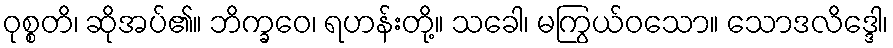
ဝုစ္စတိ၊ ဆိုအပ်၏။ ဘိက္ခဝေ၊ ရဟန်းတို့။ သခေါ၊ မကြွယ်ဝသော။ သောဒလိဒ္ဒေါ၊